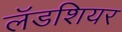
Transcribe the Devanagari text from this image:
लॅडशियर